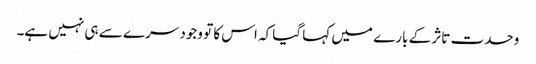
وحدت تاثر کے بارے میں کہا گیا کہ اس کا تو وجود سرے سے ہی نہیں ہے۔